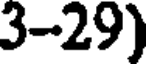
3-29)